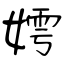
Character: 嫮